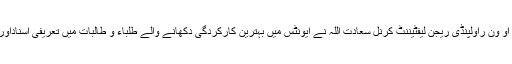
اس موقع پرجی ایس او ون راولپنڈی ریجن لیفٹیننٹ کرنل سعادت اللہ نے ایونٹس میں بہترین کارکردگی دکھانے والے طلباء و طالبات میں تعریفی اسناداورانعامات تقسیم کیے۔